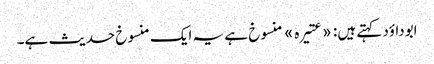
ابوداؤد کہتے ہیں: «عتیرہ» منسوخ ہے یہ ایک منسوخ حدیث ہے۔